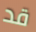
قد